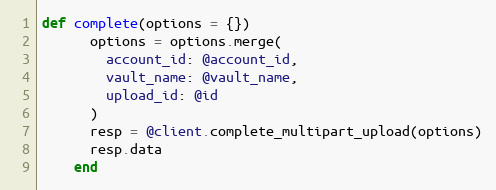
Language: Ruby
def complete(options = {})
      options = options.merge(
        account_id: @account_id,
        vault_name: @vault_name,
        upload_id: @id
      )
      resp = @client.complete_multipart_upload(options)
      resp.data
    end